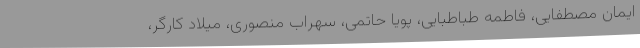
ایمان مصطفایی، فاطمه طباطبایی، پویا حاتمی، سهراب منصوری، میلاد کارگر،